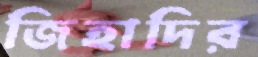
জিহাদির